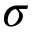
\sigma